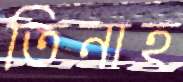
তিনাহ